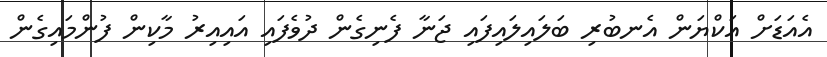
އެއަޑަށް އަކްޔަން އެނބުރި ބަލައިލައިފައި ޖަނާ ފެނިގެން ދުވެފައި އައިއިރު މާކިން ފުންމައިގެން